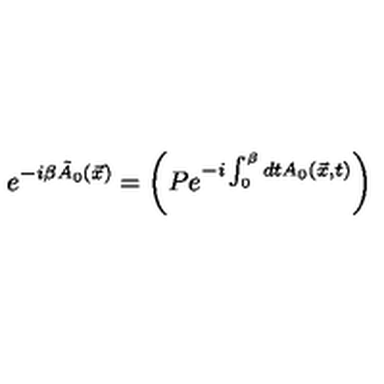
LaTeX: e ^ { - i \beta \tilde { A } _ { 0 } ( \vec { x } ) } = \left( P e ^ { - i \int _ { 0 } ^ { \beta } d t A _ { 0 } ( \vec { x } , t ) } \right)